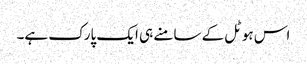
اس ہوٹل کے سامنے ہی ایک پارک ہے۔